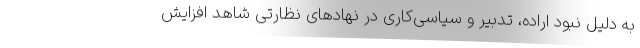
به دلیل نبود اراده، تدبیر و سیاسی‌کاری در نهادهای نظارتی شاهد افزایش